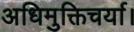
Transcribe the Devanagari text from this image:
अधिमुक्तिचर्या।